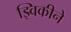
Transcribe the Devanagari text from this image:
झ्विकीने